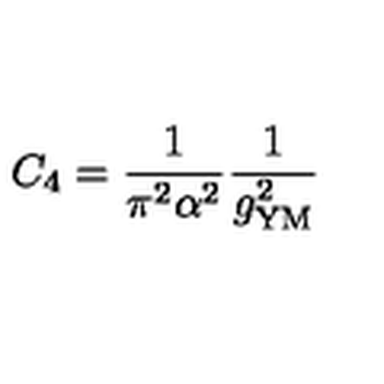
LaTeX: C _ { 4 } = \frac { 1 } { \pi ^ { 2 } \alpha ^ { 2 } } \frac { 1 } { g _ { \mathrm { Y M } } ^ { 2 } }